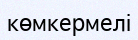
көмкермелі